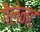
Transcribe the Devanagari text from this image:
गैलेन्ट